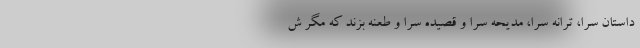
داستان سرا، ترانه سرا، مدیحه سرا و قصیده سرا و طعنه بزند که مگر ش